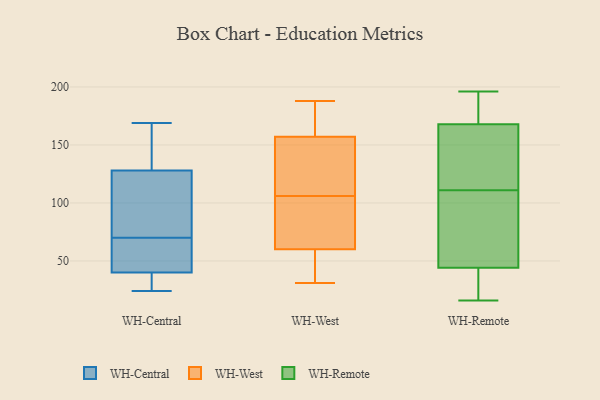
{"axis": {"x": "Revenue (USD Million)", "y": "Value"}, "legend": ["WH-Central", "WH-Remote", "WH-West"], "data": [{"x": "", "y": 27, "type": "WH-Central"}, {"x": "", "y": 106, "type": "WH-Central"}, {"x": "", "y": 144, "type": "WH-Central"}, {"x": "", "y": 141, "type": "WH-Central"}, {"x": "", "y": 169, "type": "WH-Central"}, {"x": "", "y": 59, "type": "WH-Central"}, {"x": "", "y": 44, "type": "WH-Central"}, {"x": "", "y": 42, "type": "WH-Central"}, {"x": "", "y": 28, "type": "WH-Central"}, {"x": "", "y": 128, "type": "WH-Central"}, {"x": "", "y": 24, "type": "WH-Central"}, {"x": "", "y": 128, "type": "WH-Central"}, {"x": "", "y": 40, "type": "WH-Central"}, {"x": "", "y": 81, "type": "WH-Central"}, {"x": "", "y": 157, "type": "WH-West"}, {"x": "", "y": 60, "type": "WH-West"}, {"x": "", "y": 87, "type": "WH-West"}, {"x": "", "y": 116, "type": "WH-West"}, {"x": "", "y": 31, "type": "WH-West"}, {"x": "", "y": 113, "type": "WH-West"}, {"x": "", "y": 188, "type": "WH-West"}, {"x": "", "y": 186, "type": "WH-West"}, {"x": "", "y": 59, "type": "WH-West"}, {"x": "", "y": 99, "type": "WH-West"}, {"x": "", "y": 16, "type": "WH-Remote"}, {"x": "", "y": 92, "type": "WH-Remote"}, {"x": "", "y": 148, "type": "WH-Remote"}, {"x": "", "y": 196, "type": "WH-Remote"}, {"x": "", "y": 149, "type": "WH-Remote"}, {"x": "", "y": 174, "type": "WH-Remote"}, {"x": "", "y": 111, "type": "WH-Remote"}, {"x": "", "y": 183, "type": "WH-Remote"}, {"x": "", "y": 23, "type": "WH-Remote"}, {"x": "", "y": 39, "type": "WH-Remote"}, {"x": "", "y": 60, "type": "WH-Remote"}]}